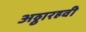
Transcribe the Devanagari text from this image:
अठ्ठारहवी